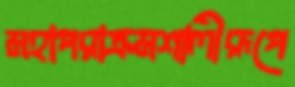
মহাপরাক্রমশালীরূপে